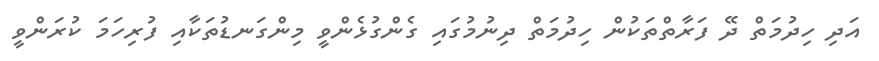
އަދި ހިދުމަތް ދޭ ފަރާތްތަކުން ހިދުމަތް ދިނުމުގައި ގެންގުޅެންވީ މިންގަނޑުތަކާއި ފުރިހަމަ ކުރަންވީ